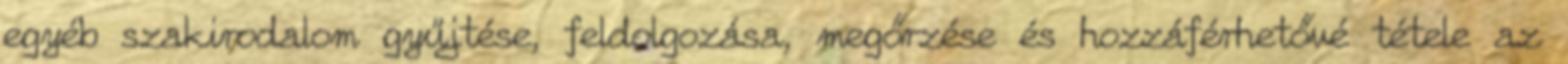
egyéb szakirodalom gyűjtése, feldolgozása, megőrzése és hozzáférhetővé tétele az